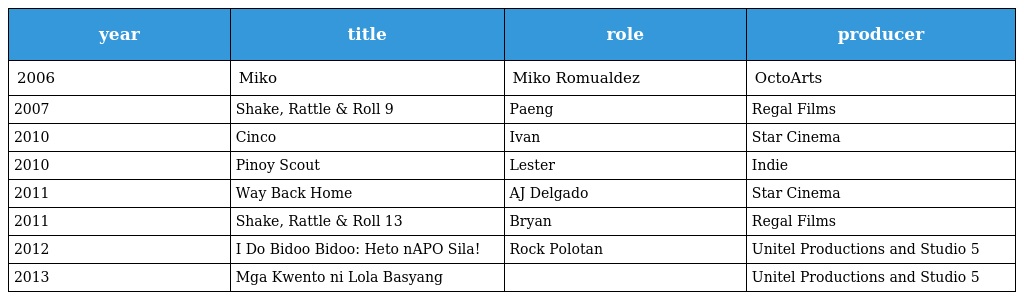
| year | title | role | producer |
 | --- | --- | --- | --- |
 | 2006 | Miko | Miko Romualdez | OctoArts |
 | 2007 | Shake, Rattle & Roll 9 | Paeng | Regal Films |
 | 2010 | Cinco | Ivan | Star Cinema |
 | 2010 | Pinoy Scout | Lester | Indie |
 | 2011 | Way Back Home | AJ Delgado | Star Cinema |
 | 2011 | Shake, Rattle & Roll 13 | Bryan | Regal Films |
 | 2012 | I Do Bidoo Bidoo: Heto nAPO Sila! | Rock Polotan | Unitel Productions and Studio 5 |
 | 2013 | Mga Kwento ni Lola Basyang |  | Unitel Productions and Studio 5 |